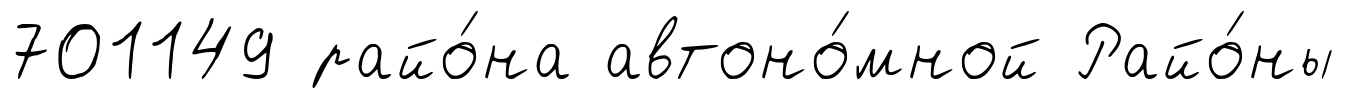
701149 райо́на автоно́мной Райо́ны